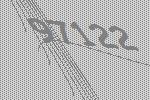
97122